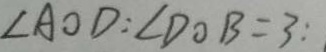
\angle A O D : \angle D O B = 3 :